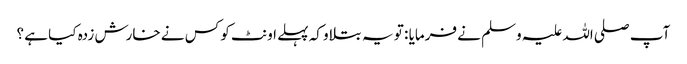
آپ صلی اللہ علیہ وسلم نے فرمایا : تو یہ بتلاو کہ پہلے اونٹ کو کس نے خارش زدہ کیا ہے ؟